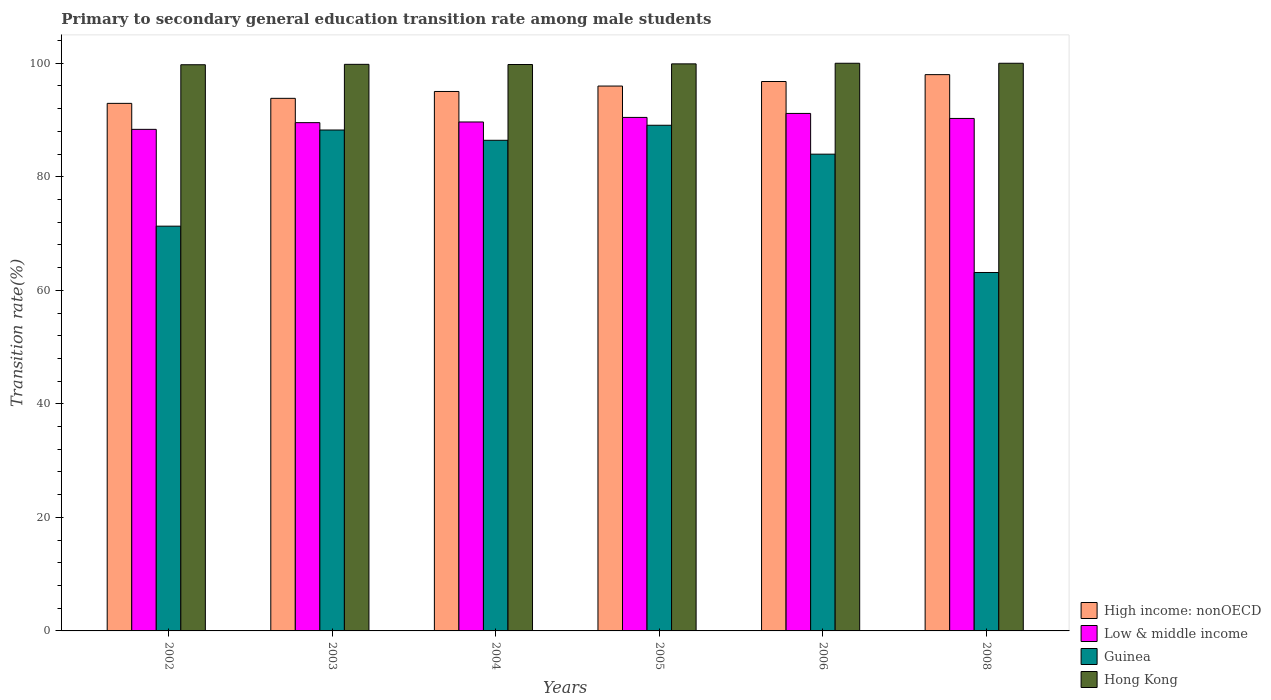
| Years | High income: nonOECD | Low & middle income | Guinea | Hong Kong |
 | --- | --- | --- | --- | --- |
 | 2002 | 92.9 | 88.4 | 71.3 | 99.7 |
 | 2003 | 93.8 | 89.5 | 88.2 | 99.8 |
 | 2004 | 95 | 89.7 | 86.4 | 99.8 |
 | 2005 | 96 | 90.5 | 89.1 | 99.9 |
 | 2006 | 96.8 | 91.2 | 84 | 100 |
 | 2008 | 98 | 90.3 | 63.1 | 100 |